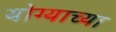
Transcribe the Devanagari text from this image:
योग्याच्या